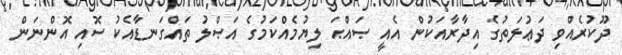
ދޫކުރެއްވި ދަޢުލަތުގެ އިދާރާއަކުން އެއީ ޞައްޙަ ލިޔުމެއްކަމުގެ އަޞްލު ތައްގަނޑާއެކު ސޮއި އޮންނަން